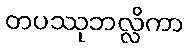
တပဿုဘလ္လိကာ